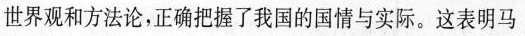
世界观和方法论，正确把握了我国的国情与实际。这表明马